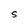
Character: S